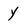
Character: Y